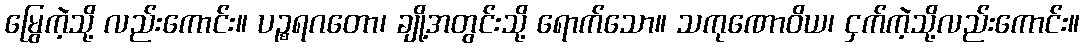
မြွေကဲ့သို့ လည်းကောင်း။ ပဉ္စရဂတော၊ ချို့အတွင်းသို့ ရောက်သော။ သကုဏောဝိယ၊ ငှက်ကဲ့သို့လည်းကောင်း။